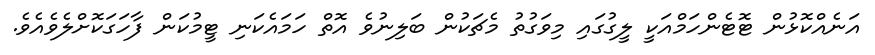
އަނެއްކޮޅުން ޓޮޓެންހަމްއަކީ ލީގުގައި މިވަގުތު މެޗަކުން ބަލިނުވެ އޮތް ހަމައެކަނި ޓީމުކަން ފާހަގަކޮށްލެވެއެވެ.